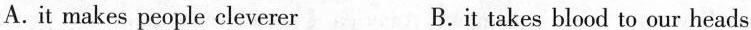
A.it makes people cleverer B.it takes blood to our heads